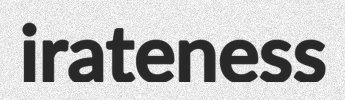
irateness